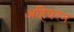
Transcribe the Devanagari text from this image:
अहिवरन